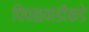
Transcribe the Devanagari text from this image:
पिंपळवाडीकडे